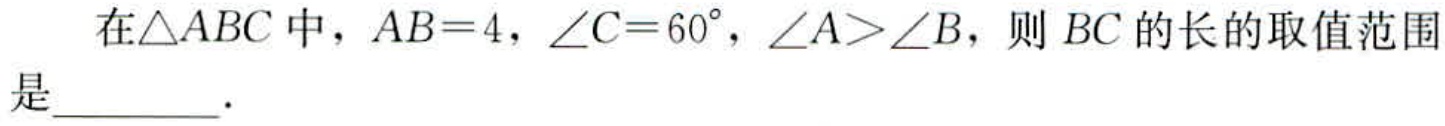
在$\triangle ABC$中，$AB = 4$，$\angle C = 60^{\circ}$，$\angle A>\angle B$，则$BC$的长的取值范围是________．